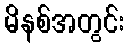
မိနစ်အတွင်း